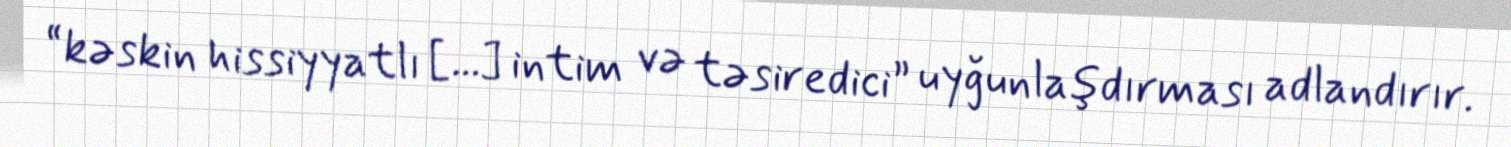
“kəskin hissiyyatlı [...] intim və təsiredici” uyğunlaşdırması adlandırır.